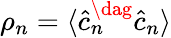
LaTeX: \rho_{n}=\langle\hat{c}_{n}^{\dag}\hat{c}_{n}\rangle